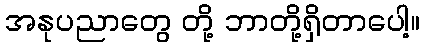
အနုပညာတွေ တို့ ဘာတို့ရှိတာပေါ့။